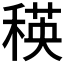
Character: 𥠚